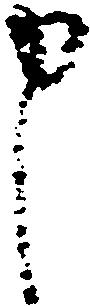
申